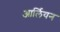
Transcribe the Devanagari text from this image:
आर्लियन